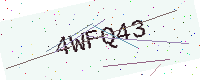
Text: 4WFQ43